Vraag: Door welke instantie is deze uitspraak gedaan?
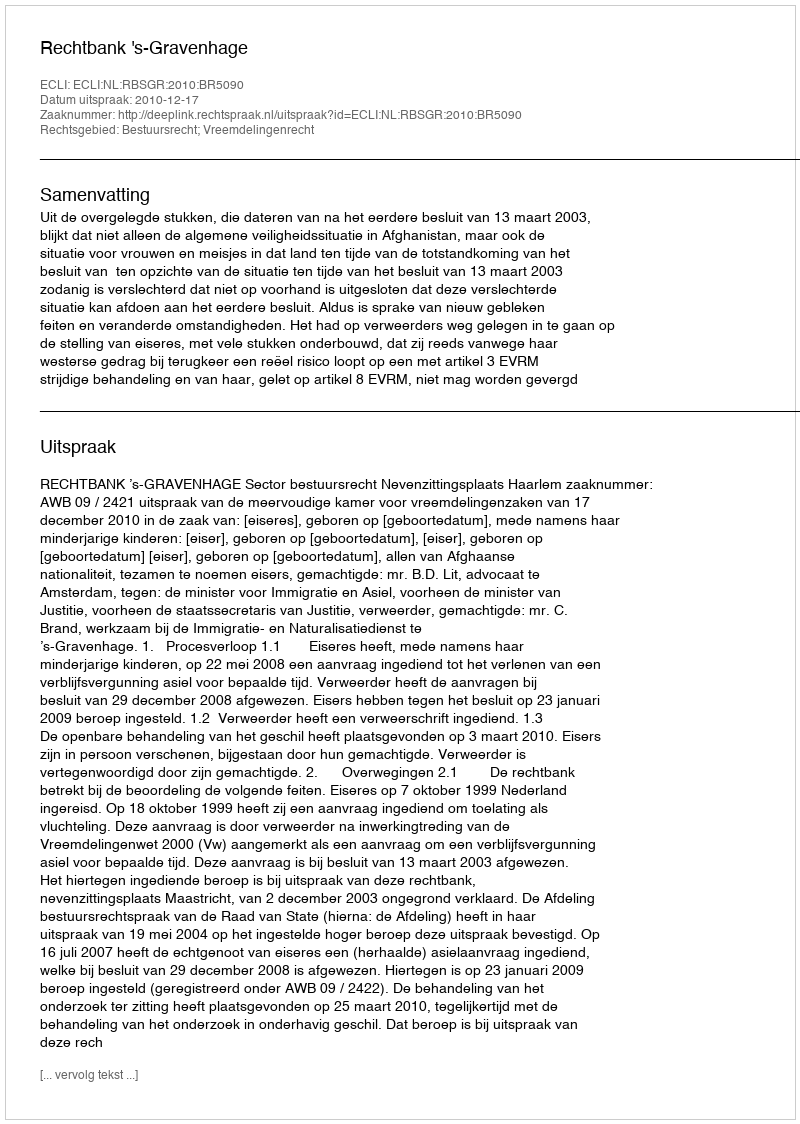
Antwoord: Rechtbank 's-Gravenhage